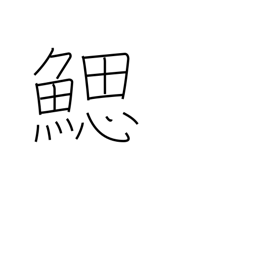
Meaning: gill slits